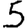
Digit: 5